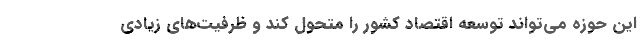
این حوزه می‌تواند توسعه اقتصاد کشور را متحول کند و ظرفیت‌های زیادی